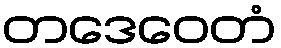
တဒေဝေတံ